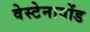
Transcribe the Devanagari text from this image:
वेस्टेनावोंड